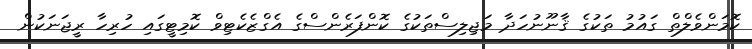
ކޮމަންވެލްތް ގައުމު ތަކުގެ ޤާނޫނުހަދާ މަޖިލިސްތަކުގެ ކޮންފަރެންސްގެ އެގްޒެކެޓިވް ކޮމިޓީގައި ހުރިހާ ރީޖަނަކުން